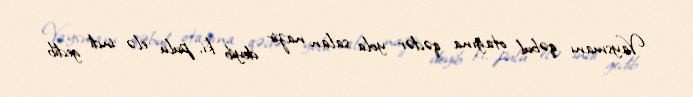
Vaysmanı qəbul otağına qədər yola salan nazir deyib ki, pulu elə indi gedib